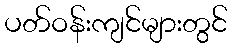
ပတ်ဝန်းကျင်များတွင်